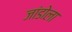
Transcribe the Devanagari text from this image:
जांडोला